Newspaper: The Jersey City news.
Place of publication: Jersey City [N.J.]
Publisher: City Pub. Co.
Date: 1890-04-09 00:00:00
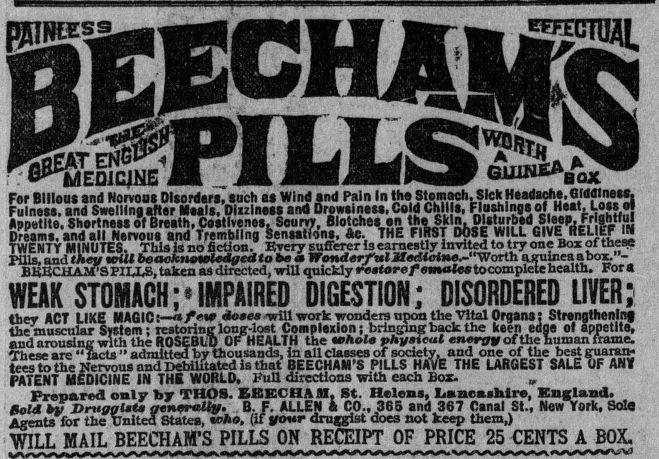
Advertisement text (OCR):
1 M '■ ^9I8k . pp*fj|i g^gjg^pWP-1 _ ■*^^^Bwwl i PI US^^ For Bilious and Norvous Disorder*, *uch a* Wind and Pain In {J1® Stomach, SIckHeadarte.Glddlnoss. Fulness, and Swelling after Meals, Dizziness and Drowsiness, Cold Chll s, Flashings of Appetite. Shortness of Breath, Cosflvenos. Scum, Blotches an the Skin, pialurbad Sleep^ Frightful Dreams, and all Nervous and Trembling Sensations, 4c. THE FIRST DOSE WILL GIVERELlfcF IN TWENTY MINUTES. This is no fiction. Every sufferer is earnestly invited to try one Box of these pills, and they will be acknowledged to be a Wonderful jWedtoine.-’"Worth ujzulnea abot” BKECHAM'9piias, taken as directed, will quickly restore/1 emaleatocomplete health. Fora WEAK STOMACH ;• IMPAIRED DIGESTION; DISORDERED LIVER; SESSSSSSSSWedM^SSOrBiS PATENT MEDICINE IN THE WORLD, Full directions with each Box. Prenared only by THOS. BEECH AM, St. Helens, Lancashire, England, Bold by DruggleU generally. B. F. ALLEN 4 CO., 365 and 367 Canal St., New York, Sold Agents for the United States, who. (if your druggist does not keep them,) WILL MAIL BEECHAM’S PILLS ON RECEIPT OF PRICE 25 CENTS A BOX.
Label: text-only